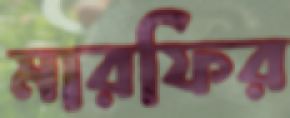
মারফির